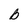
Character: B